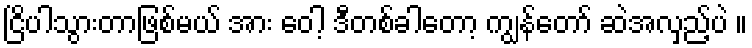
ငြိပါသွားတာဖြစ်မယ် အား ဝေါ့ ဒီတစ်ခါတော့ ကျွန်တော် ဆဲအလှည့်ပဲ ။